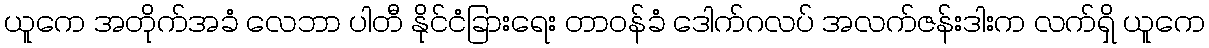
ယူကေ အတိုက်အခံ လေဘာ ပါတီ နိုင်ငံခြားရေး တာဝန်ခံ ဒေါက်ဂလပ် အလက်ဇန်းဒါးက လက်ရှိ ယူကေ